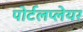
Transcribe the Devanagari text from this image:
पोर्टलप्लेयर